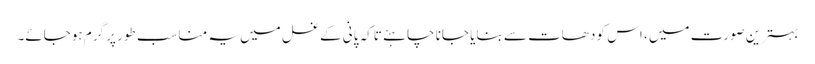
بہترین صورت میں ، اس کو دھات سے بنایا جانا چاہئے تاکہ پانی کے غسل میں یہ مناسب طور پر گرم ہوجائے۔